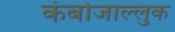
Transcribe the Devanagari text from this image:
कंबोजाल्लुक